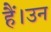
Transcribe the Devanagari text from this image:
हैं।उन